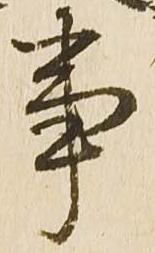
事